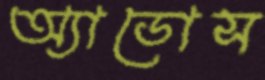
অ্যাডোস